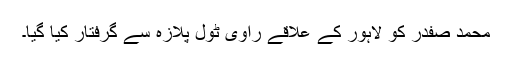
محمد صفدر کو لاہور کے علاقے راوی ٹول پلازہ سے گرفتار کیا گیا۔